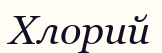
Хлорий